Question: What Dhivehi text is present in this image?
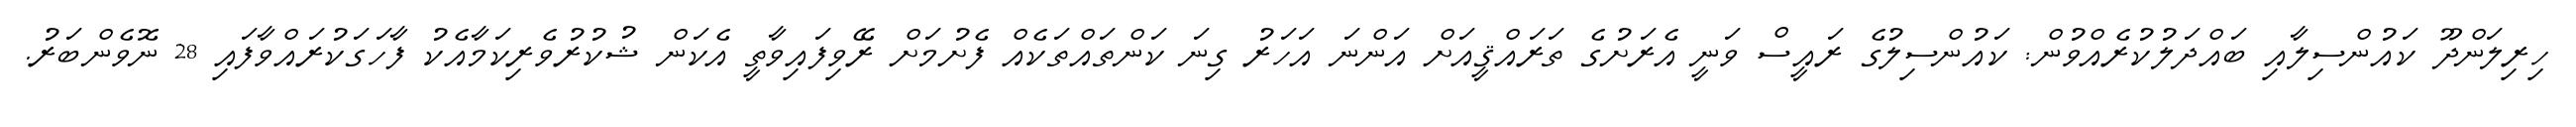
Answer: ހިރިލަންދޫ ކައުންސިލާއި ބައްދަލުކުރެއްވުން: ކައުންސިލުގެ ރައީސް ވަނީ އެރަށުގެ ތަރައްޤީއަށް އަންނަ އަހަރު ގިނަ ކަންތައްތަކެއް ފެށުމަށް ރޭވިފައިވާތީ އެކަން ޝުކުރުވެރިކަމާއެކު ފާހަގަކުރައްވާފައި 28 ނޮވެންބަރު.